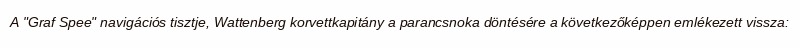
A "Graf Spee" navigációs tisztje, Wattenberg korvettkapitány a parancsnoka döntésére a következőképpen emlékezett vissza: